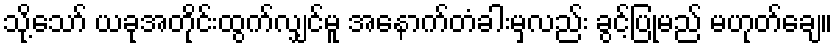
သို့သော် ယခုအတိုင်းထွက်လျှင်မူ အနောက်တံခါးမှလည်း ခွင့်ပြုမည် မဟုတ်ချေ။